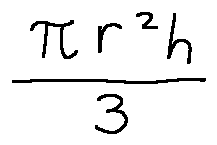
\frac { \pi r ^ { 2 } h } { 3 }